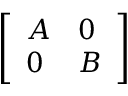
\left[ \begin{array} { l l } { A } & { 0 } \\ { 0 } & { B } \end{array} \right]